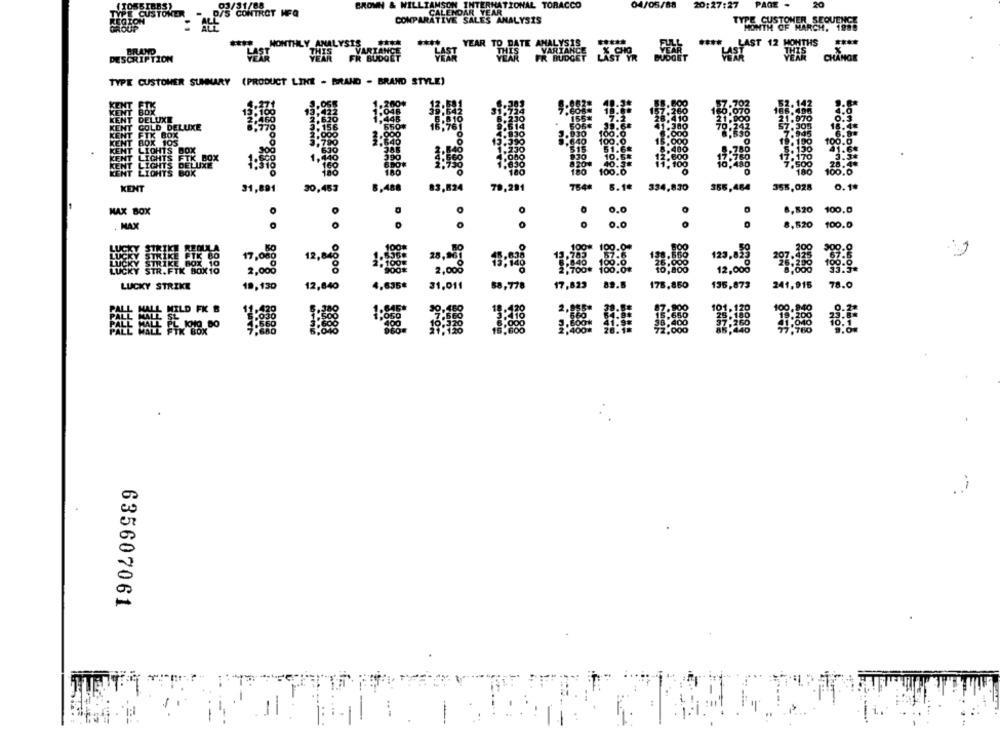
WILLI
ITERNATIONAL TORACCO
04/05/88
20:27:27
PAGE
20
STONER - D/S CONTROT MFQ
ENDAR YEAR
COMPARATIVE SALES ANALYSIS
TYPE CUSTOMER SEOUTHISE
MONTHLY ANALYSIS
YEAR TO DATE ANALYSIS
BRAND
VARTAN
**** LAST 12 MONTHS
DESCRIPTION
HART
THIS
FR BUDGET
YEAR
FR BUDGET
VARIANCE
CHAN
TYPE CUSTOMER SUMMARY (PRODUCT LINE - BRAND - BRAND STYLE)
TK
KEN
DELUXE
MT
GOLD DELUXE
KENT FIK BOX
100.0
2.900
KENT BOX 105
.640
100.0
15.000
KENT LIGHTS BOX
516
51.6#
8.400
8.780
KENT LIGHTS
FTK BOX
930
10.6%
12.600
17.760
NT
LIGHTS DELUXE
8204
40.3#
11,100
10,480
HT
LIOHTS
100.0
KENT
31,891
30,453
83,824
79,291
6.1ª
334,830
356.464
355,028
0.1ª
MAX BOX
0
0.0
8,820 100.0
.
MAX
0,0
8,520 100.0
17,08
12,048
12,000
2,008
2,000
19,130
12,840
31.011
17,823
89.8
178,850
135,873
241,916
78.0
LUCKY STRIKE
4,635€
88,778
12
635607061